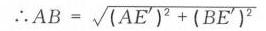
$\therefore AB = \sqrt{(AE')^{2}+(BE')^{2}}$